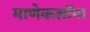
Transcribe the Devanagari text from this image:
माणेकशॉना